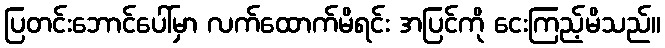
ပြတင်းဘောင်ပေါ်မှာ လက်ထောက်မိရင်း အပြင်ကို ငေးကြည့်မိသည်။